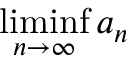
\operatorname* { l i m i n f } _ { n \to \infty } a _ { n }